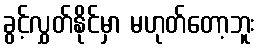
ခွင့်လွှတ်နိုင်မှာ မဟုတ်တော့ဘူး